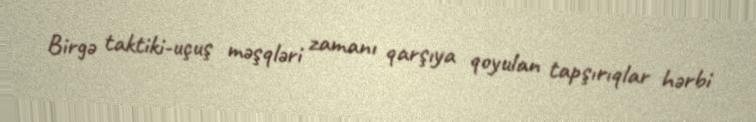
Birgə taktiki-uçuş məşqləri zamanı qarşıya qoyulan tapşırıqlar hərbi